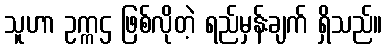
သူဟာ ဥက္ကဌ ဖြစ်လိုတဲ့ ရည်မှန်းချက် ရှိသည်။